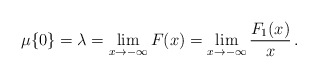
\begin{align*}\mu\{0\} = \lambda= \lim_{x\to-\infty} F(x) = \lim_{x\to-\infty} \frac{F_1(x)}{x} \,.\end{align*}